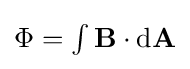
{\textstyle \Phi =\int \mathbf {B} \cdot \mathrm {d} \mathbf {A} }